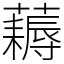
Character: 𧂭